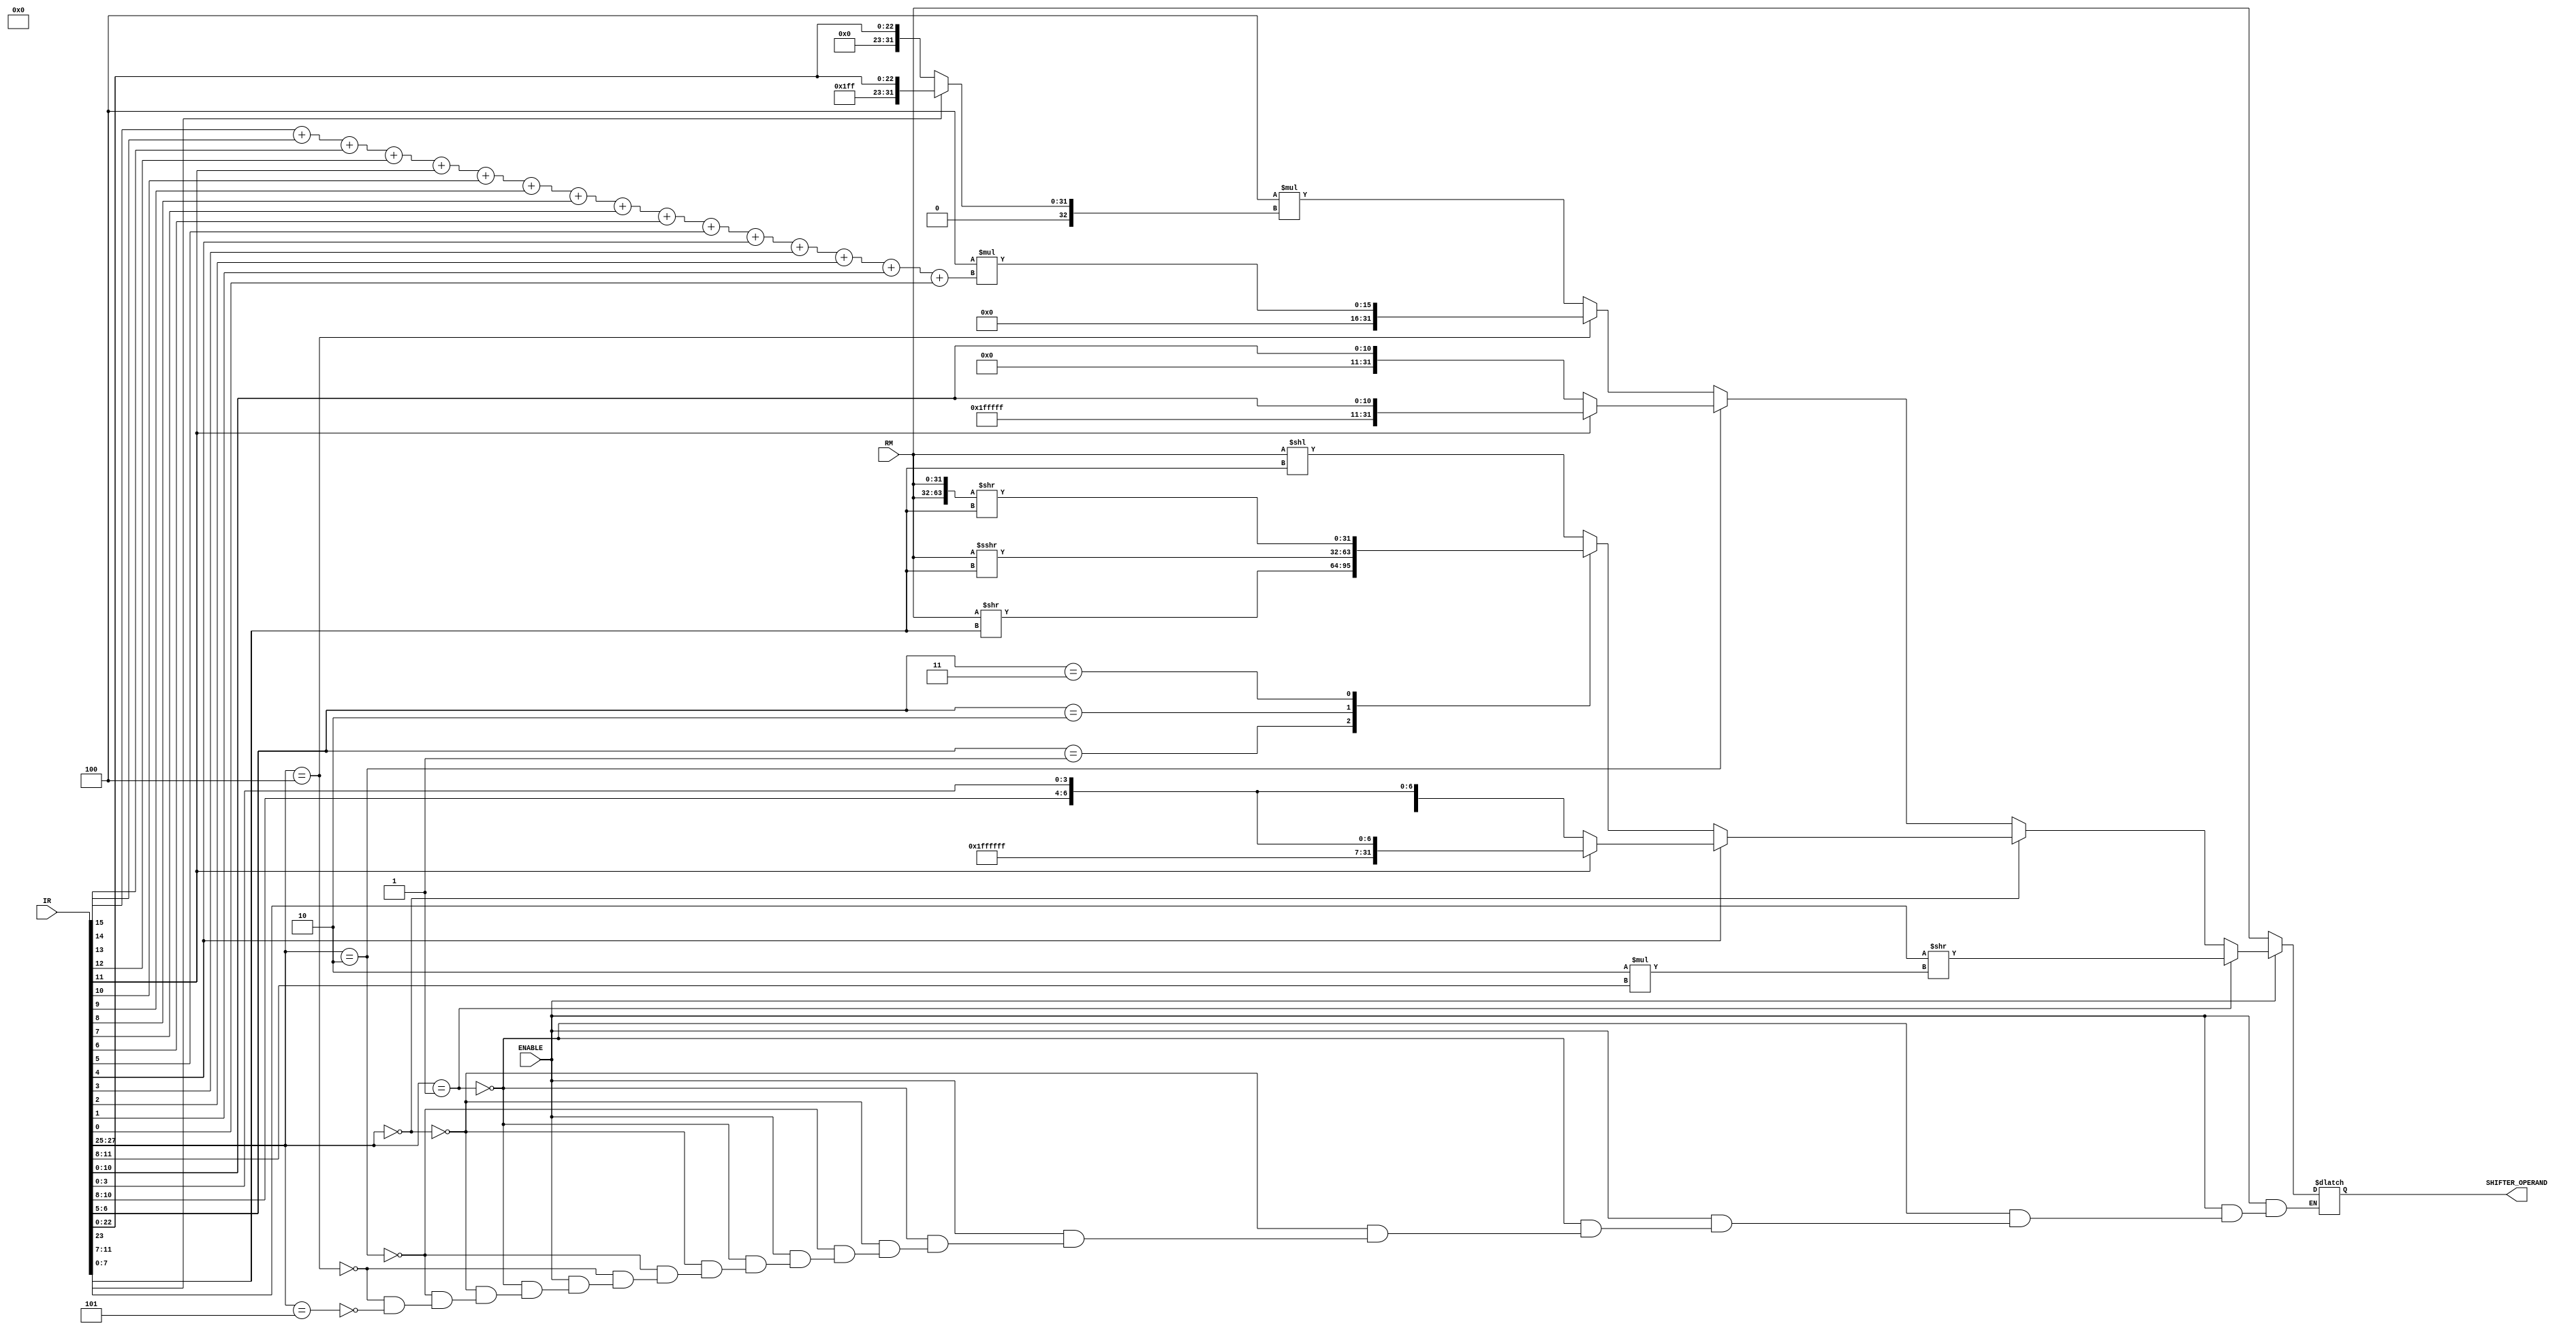
module shifter (output reg[31:0] SHIFTER_OPERAND, /*output reg COUT*/ input [31:0] RM,IR, /*input CIN*/input ENABLE);

	reg[32:0] RegTemp;	// Registro Temporero para "32-bit immediate shifter operand"
	reg[15:0] MultipleReg;	// Registro temporero para Load/Store Multiple
	reg[63:0] regtemp2;
	
	// Tipos de "SHIFTS" en "Shift by immediate shifter operand"

	parameter LSL = 2'b00;	// Logical Shift Left
	parameter LSR = 2'b01;	// Logical Shift Right
	parameter ASR = 2'b10;	// Arithmetic Shift Right
	parameter ROR = 2'b11;	// Rotate Right
	
	always @ (RM,IR)
	begin

		if(ENABLE)
		begin

			if(IR[27:25] == 3'b001)		//32-bit immediate shifter operand
			begin
				RegTemp = {24'd0,IR[7:0]} >> 2*IR[11:8];
				SHIFTER_OPERAND = RegTemp;
				
			//	regtemp2 = {RM, RM} >> 2*IR[11:8];	//rotate right
			//	SHIFTER_OPERAND[31:0] = regtemp2[31:0];

			end

			else if(IR[27:25] == 3'b000)	
			begin

				if(IR[4] == 1'b0)	//Shift by immediate shifter operand
				begin
				

				case(IR[6:5])

					LSL: 
						begin
							RegTemp = RM; 
							SHIFTER_OPERAND = RegTemp << IR[11:7];
						
						end

					LSR: 
						begin
							RegTemp = RM;
							SHIFTER_OPERAND = RegTemp >> IR[11:7];
							
						end	

					ASR: 
						begin
							RegTemp = RM;
							SHIFTER_OPERAND = RegTemp >>> IR[11:7];
							
						end


					ROR: 
						begin
							regtemp2 = {RM,RM} >> IR[11:7];
							SHIFTER_OPERAND[31:0] = regtemp2[31:0];
						end				

				endcase // shift
				end

				else	// Addresing Mode 3 (Immediate) Use a 8-bit offset
				begin

						
						if(IR[11] == 1'b1)
							SHIFTER_OPERAND = {24'hFFFFFF,{IR[11:8],IR[3:0]}};

						else
							SHIFTER_OPERAND = {24'h000000,{IR[11:8],IR[3:0]}};
				end

			end

			else if(IR[27:25] == 3'b010)	// Addresing Mode 2 (Immediate) Use a 12-bit offset
			begin

				//COUT = CIN;
				if(IR[11] == 1'b1)
					SHIFTER_OPERAND = {20'hFFFFF,IR[11:0]};
				else
					SHIFTER_OPERAND = {20'h00000,IR[11:0]};
			end	


			else if(IR[27:25] == 3'b100)	// Load/Store Multiple (Immediate) Use a 12-bit offset
			begin
				
				MultipleReg = 3'b100*(IR[15]+IR[14]+IR[13]+IR[12]+IR[11]+IR[10]+IR[9]+IR[8]+IR[7]+IR[6]+IR[5]+IR[4]+IR[3]+IR[2]+IR[1]+IR[0]);
				SHIFTER_OPERAND = {26'd0,MultipleReg};
				
			end	

			else if(IR[27:25] == 3'b101)	// B and B&L Use a 32-bit offset
			begin

				
				
				if(IR[23] == 1'b1)
					RegTemp = {8'hFF,IR[23:0]};
				else
					RegTemp = {8'h00,IR[23:0]};

				SHIFTER_OPERAND = 32'd4*RegTemp;	
			end	

		end

		else		// Enable = 0
		begin 

			SHIFTER_OPERAND = RM;

		end

	end

endmodule // Shifter